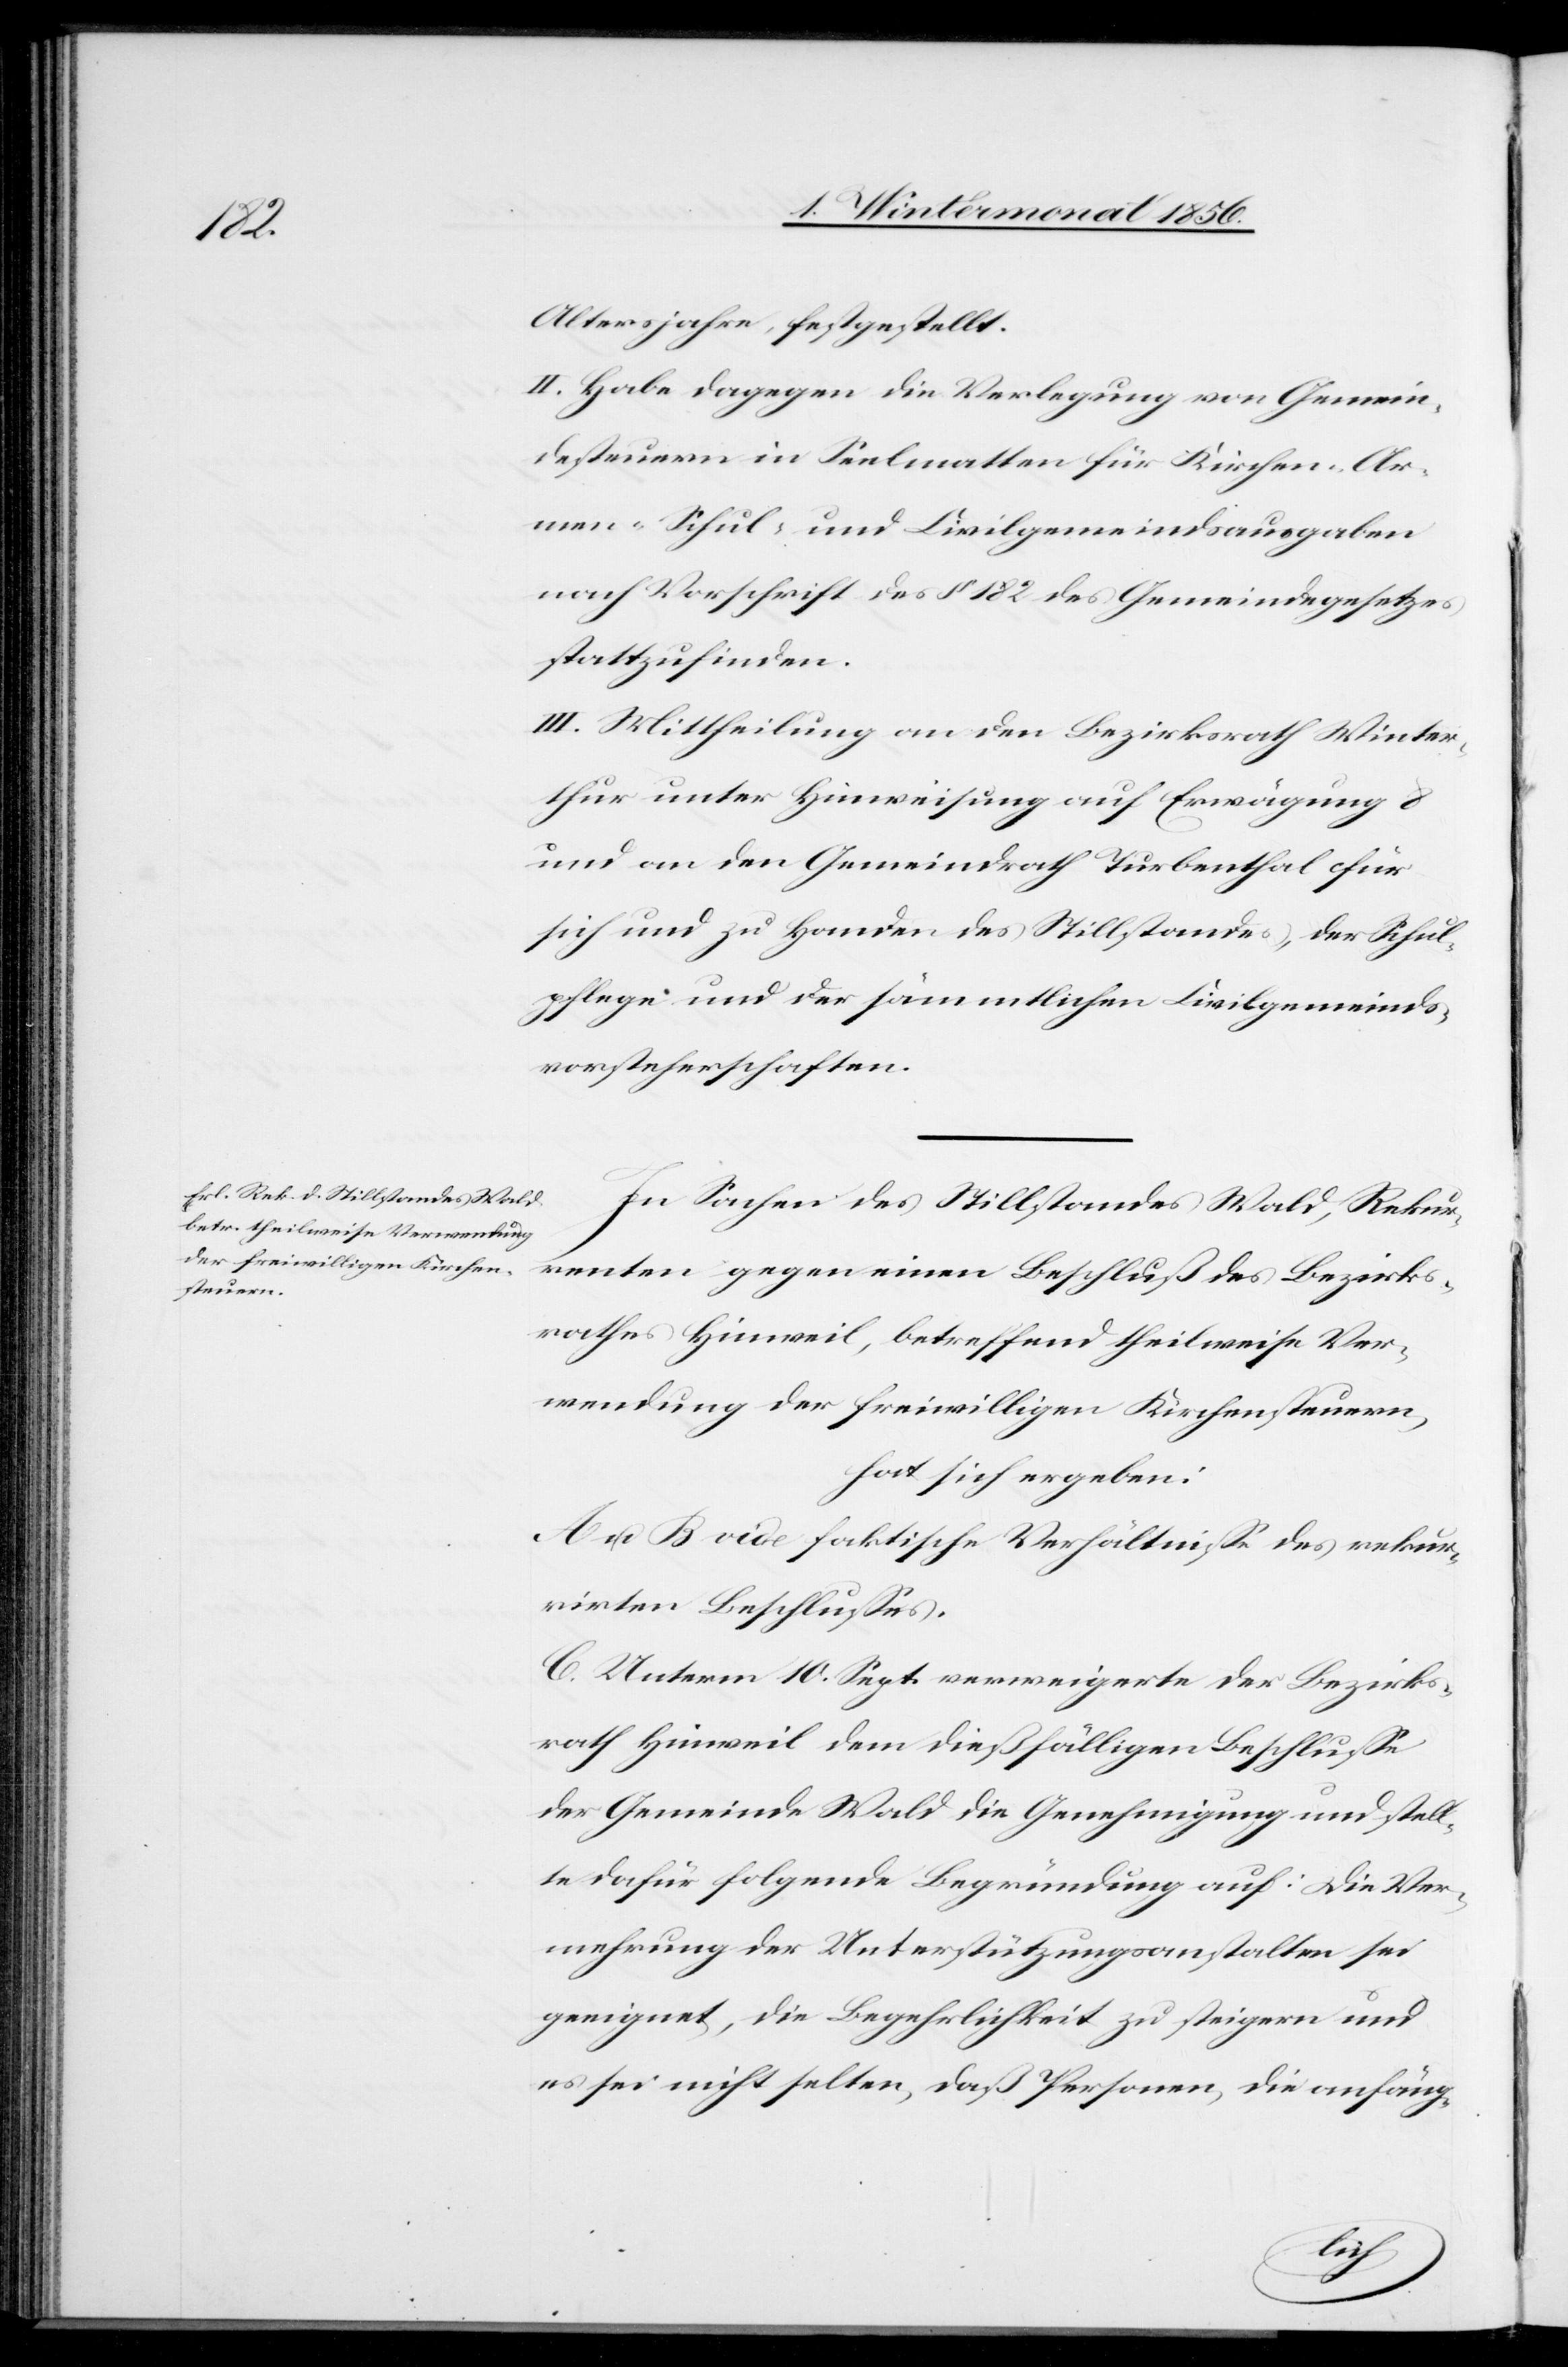
Altersjahre, festgestellt.
II. Habe dagegen die Verlegung von Gemein¬
desteuern in Seelmatten für Kirchen-[,] Ar¬
men-[,] Schul- und Civilgemeindsausgaben
nach Vorschrift des § 182 des Gemeindegesetzes
stattzufinden.
III. Mittheilung an den Bezirksrath Winter¬
thur unter Hinweisung auf Erwägung 8
und an den Gemeindrath Turbenthal für
sich und zu Handen des Stillstandes, der Schul¬
pflege und der sämmtlichen Civilgemeinds¬
vorsteherschaften.
In Sachen des Stillstandes Wald, Rekur¬
renten gegen einen Beschluß des Bezirks¬
rathes Hinweil, betreffend theilweise Ver¬
wendung der freiwilligen Kirchensteuern,
hat sich ergeben:
A. u. B. vide faktische Verhältnisse des rekur¬
rirten Beschlusses.
C. Unterm 10. Sept. verweigerte der Bezirks¬
rath Hinweil dem dießfälligen Beschlusse
der Gemeinde Wald die Genehmigung und stell¬
te dafür folgende Begründung auf: Die Ver¬
mehrung der Unterstützungsanstalten sei
geeignet, die Begehrlichkeit zu steigern und
es sei nicht selten, daß Personen, die anfäng-